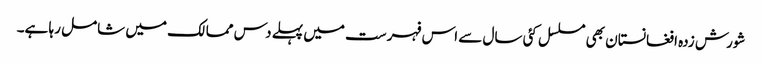
شورش زدہ افغانستان بھی مسلسل کئی سال سے اس فہرست میں پہلے دس ممالک میں شامل رہا ہے۔